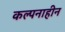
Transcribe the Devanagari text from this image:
कल्पनाहीन